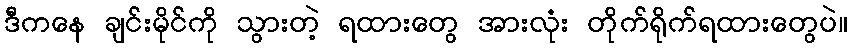
ဒီကနေ ချင်းမိုင်ကို သွားတဲ့ ရထားတွေ အားလုံး တိုက်ရိုက်ရထားတွေပဲ။